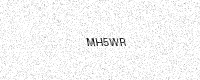
Text: MH5WR